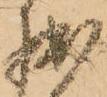
拙